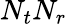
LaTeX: N_{t}N_{r}